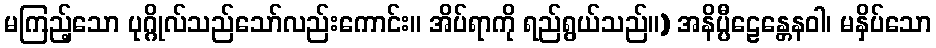
မကြည့်သော ပုဂ္ဂိုလ်သည်သော်လည်းကောင်း။ အိပ်ရာကို ရည်ရွယ်သည်။) အနိပ္ပီဠေန္တေနဝါ၊ မနှိပ်သော